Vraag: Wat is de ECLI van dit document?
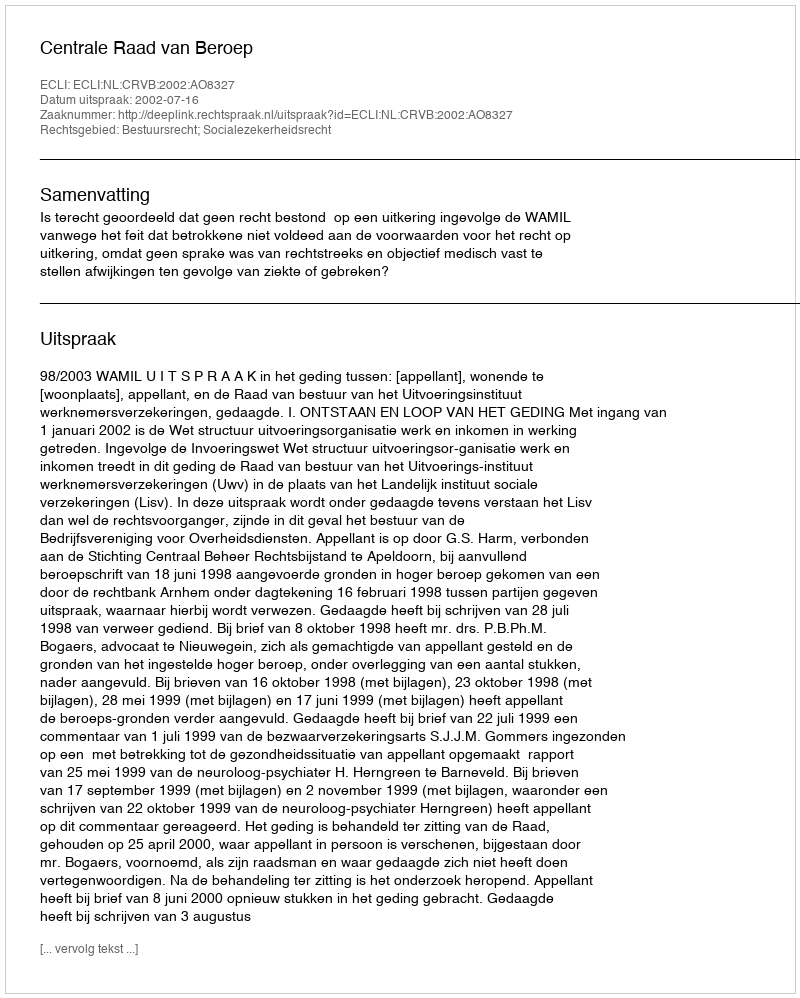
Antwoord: ECLI:NL:CRVB:2002:AO8327